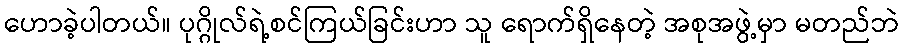
ဟောခဲ့ပါတယ်။ ပုဂ္ဂိုလ်ရဲ့စင်ကြယ်ခြင်းဟာ သူ ရောက်ရှိနေတဲ့ အစုအဖွဲ့မှာ မတည်ဘဲ